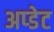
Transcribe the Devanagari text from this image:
अप्डेट